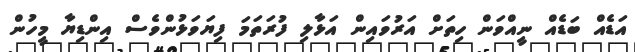
އަޑެއް ބަޑެއް ނީއްވަން ހިތަށް އަރުވައިން އަޅާލި ފުރަތަމަ ފިޔަވަޅުންވެސް އިންޑިޔާ މީހުން